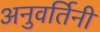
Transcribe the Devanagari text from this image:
अनुवर्तिनी